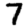
Digit: 7